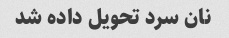
نان سرد تحویل داده شد